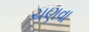
ચણવા